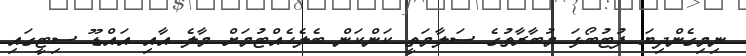
ނިމިގެންދިޔަ ފުޓުބޯޅަ މުބާރާތުގެ ސަލާމަތީ ކަންކަން ބެލެހެއްޓުމަށް މާލެ އާއި އައްޑޫ ސިޓީގައި